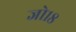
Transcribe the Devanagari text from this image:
जो१८